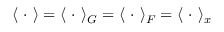
\langle \ \cdot \ \rangle = \langle \ \cdot \ \rangle _ { { G } } = \langle \ \cdot \ \rangle _ { { F } } = \langle \ \cdot \ \rangle _ { x }